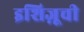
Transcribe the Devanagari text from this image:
इशिज़ूची